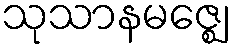
သုသာနမဇ္ဈေ